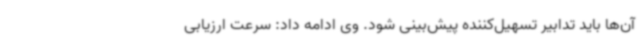
آن‌ها باید تدابیر تسهیل‌کننده پیش‌بینی شود. وی ادامه داد: سرعت ارزیابی